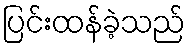
ပြင်းထန်ခဲ့သည်